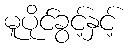
မူပိုင်ခွင့်နှင့်